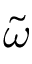
\tilde { \omega }